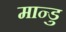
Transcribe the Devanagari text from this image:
मान्डु